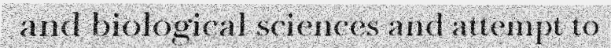
and biological sciences and attempt to